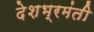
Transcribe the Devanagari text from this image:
देशभ्रमंती